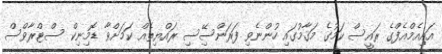
އައިއެމްއެފްގެ ރައީސް ކަމުގެ މަޤާމުގައި ހުންނެވި ފަރަންސޭިސި ރައްޔިތެއް ކަމަށްވާ ޑޮމިނިކް ސްޓްރާވްސް